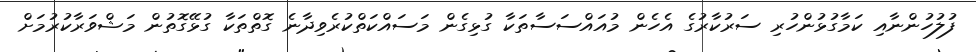
ފުލުހުންނާއި ކަމާގުޅުންހުރި ސަރުކާރުގެ އެހެން މުއައްސަސާތަކާ ގުޅިގެން މަސައްކަތްކުރެވިދާނެ ގޮތްތަކާ ގުޅޭގޮތުން މަޝްވަރާކުރުމަށް